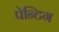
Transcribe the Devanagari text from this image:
पेन्टिग